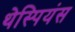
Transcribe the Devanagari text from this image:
थेस्पियंस